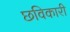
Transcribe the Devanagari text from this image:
छविकारी